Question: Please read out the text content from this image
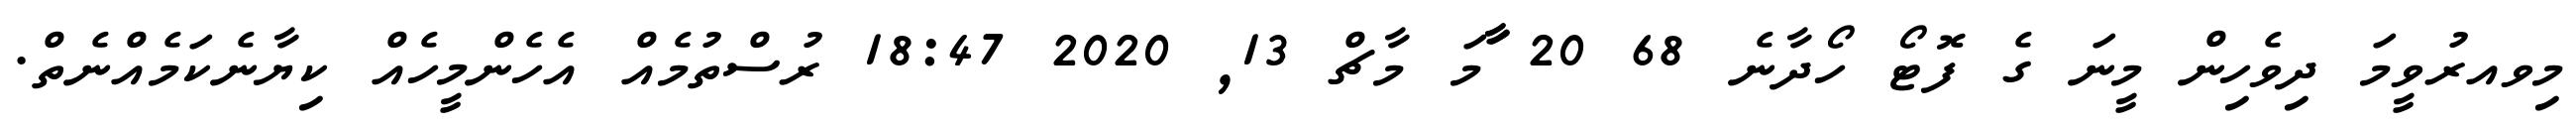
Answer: މިވއރުވީމަ ދިވެހިން މީނަ ގެ ފޮޓޯ ހޯދާނެ 68 20 ާަާމަ މާޗް 13, 2020 18:47 ރުސްތުމެއް އެހެންމީހެއް ކިޔާނެކަމެއްނެތް.